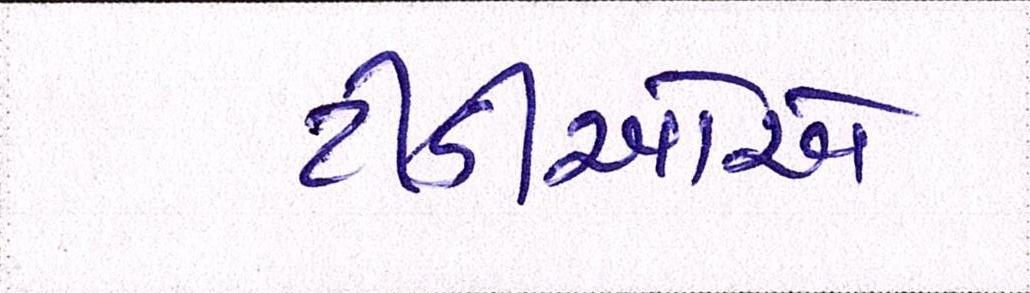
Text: ટીડીઓએ